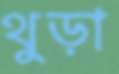
থুড়া